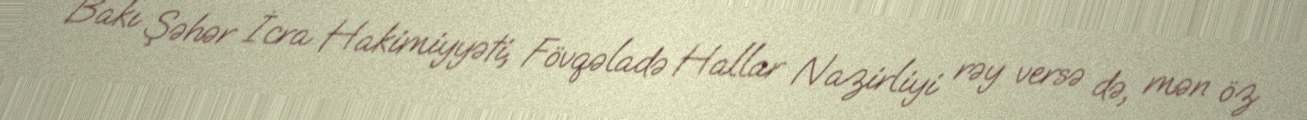
Bakı Şəhər İcra Hakimiyyəti, Fövqəladə Hallar Nazirliyi rəy versə də, mən öz